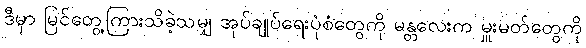
ဒီမှာ မြင်တွေ့ကြားသိခဲ့သမျှ အုပ်ချုပ်ရေးပုံစံတွေကို မန္တလေးက မှူးမတ်တွေကို